Report of the Indian Hemp Drugs Commission, 1894-1895 - Volume III
Year: 1894
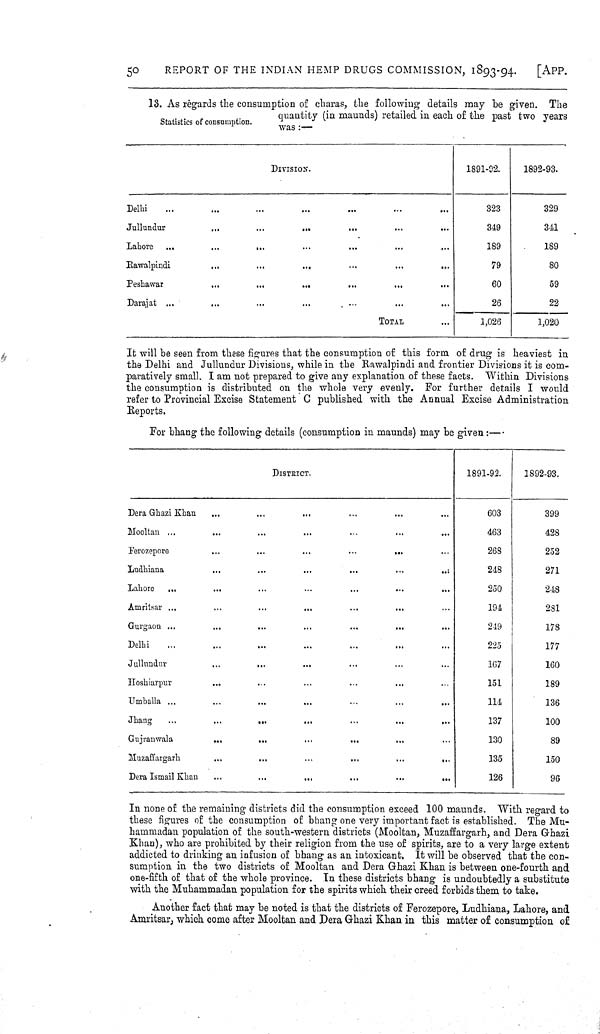
50
REPORT OF THE INDIAN HEMP DRUGS COMMISSION, 1893-94.
[APP.
Statistics of consumption.
13. As regards the consumption of charas, the following details may be given. The
quantity (in maunds) retailed in each of the past two years
was:—
DIVISION.
1891-02.
1892-93.
Delhi
323
329
Jullundur
349
341
Lahore
189
189
Rawalpindi
79
80
Peshawar
60
59
Darajat
26
22
TOTAL
1,026
1,020
It will be seen from these figures that the consumption of this form of drug is heaviest in
the Delhi and Jullundur Divisions, while in the Rawalpindi and frontier Divisions it is com-
paratively small. I am not prepared to give any explanation of these facts. Within Divisions
the consumption is distributed on the whole very evenly. For further details I would
refer to Provincial Excise Statement C published with the Annual Excise Administration
Reports.
For bhang the following details (consumption in maunds) may be given:—.
DlSTRICT.
1891-92.
1892-93.
Dera Ghazi Khan
603
399
Mooltan
463
428
Ferozepore
268
252
Ludhiana
248
271
Lahore
250
248
Amritsar
194
281
Gurgaon
249
178
Delhi
225
177
Jullundur
167
160
Hoshiarpur
151
189
Umballa
114
136
Jhang
137
100
Gujranwala
130
89
Muzaffargarh
135
150
Dera Ismail Khan
126
96
In none of the remaining districts did the consumption exceed 100 maunds. With regard to
these figures of the consumption of bhang one very important fact is established. The Mu-
hammadan population of the south-western districts (Mooltan, Muzaffargarh, and Dera Ghazi
Khan), who are prohibited by their religion from the use of spirits, are to a very large extent
addicted to drinking an infusion of bhang as an intoxicant. It will be observed that the con-
sumption in the two districts of Mooltan and Dera Ghazi Khan is between one-fourth and
one-fifth of that of the whole province. In these districts bhang is undoubtedly a substitute
with the Muhammadan population for the spirits which their creed forbids them to take.
Another fact that may be noted is that the districts of Ferozepore, Ludhiana, Lahore, and
Amritsar, which come after Mooltan and Dera Ghazi Khan in this matter of consumption of